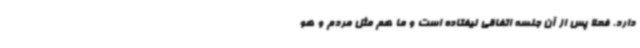
دارد. فعلا پس از آن جلسه اتفاقی نیفتاده است و ما هم مثل مردم و هو